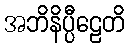
အဘိနိပ္ပီဠေတိ